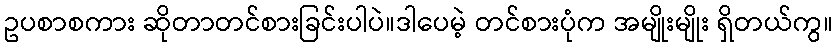
ဥပစာစကား ဆိုတာတင်စားခြင်းပါပဲ။ဒါပေမဲ့ တင်စားပုံက အမျိုးမျိုး ရှိတယ်ကွ။